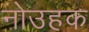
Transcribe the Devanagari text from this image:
नोउहक